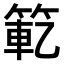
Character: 𫂄